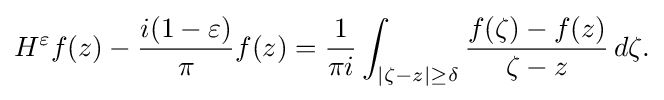
\displaystyle {H^{\varepsilon }f(z)-{i(1-\varepsilon ) \over \pi }f(z)={1 \over \pi i}\int _{|\zeta -z|\geq \delta }{f(\zeta )-f(z) \over \zeta -z}\,d\zeta .}